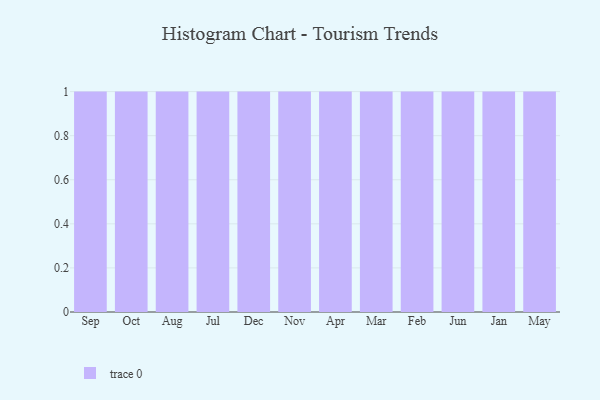
{"axis": {"x": "Month", "y": "Market Share (%)"}, "legend": [""], "data": [{"x": "Sep", "y": 94, "type": ""}, {"x": "Oct", "y": 84, "type": ""}, {"x": "Aug", "y": 32, "type": ""}, {"x": "Jul", "y": 53, "type": ""}, {"x": "Dec", "y": 72, "type": ""}, {"x": "Nov", "y": 68, "type": ""}, {"x": "Apr", "y": 73, "type": ""}, {"x": "Mar", "y": 18, "type": ""}, {"x": "Feb", "y": 23, "type": ""}, {"x": "Jun", "y": 14, "type": ""}, {"x": "Jan", "y": 98, "type": ""}, {"x": "May", "y": 55, "type": ""}]}